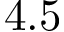
4 . 5